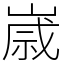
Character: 𡻕